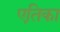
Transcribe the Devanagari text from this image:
एतिका